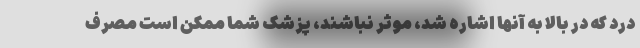
درد که در بالا به آنها اشاره شد، موثر نباشند، پزشک شما ممکن است مصرف